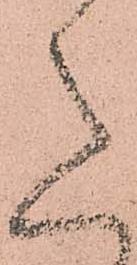
意